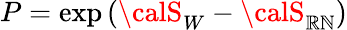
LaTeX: P=\exp\left({\calS}_{W}-{\calS}_{\mathbb{R}\mathbb{N}}\right)